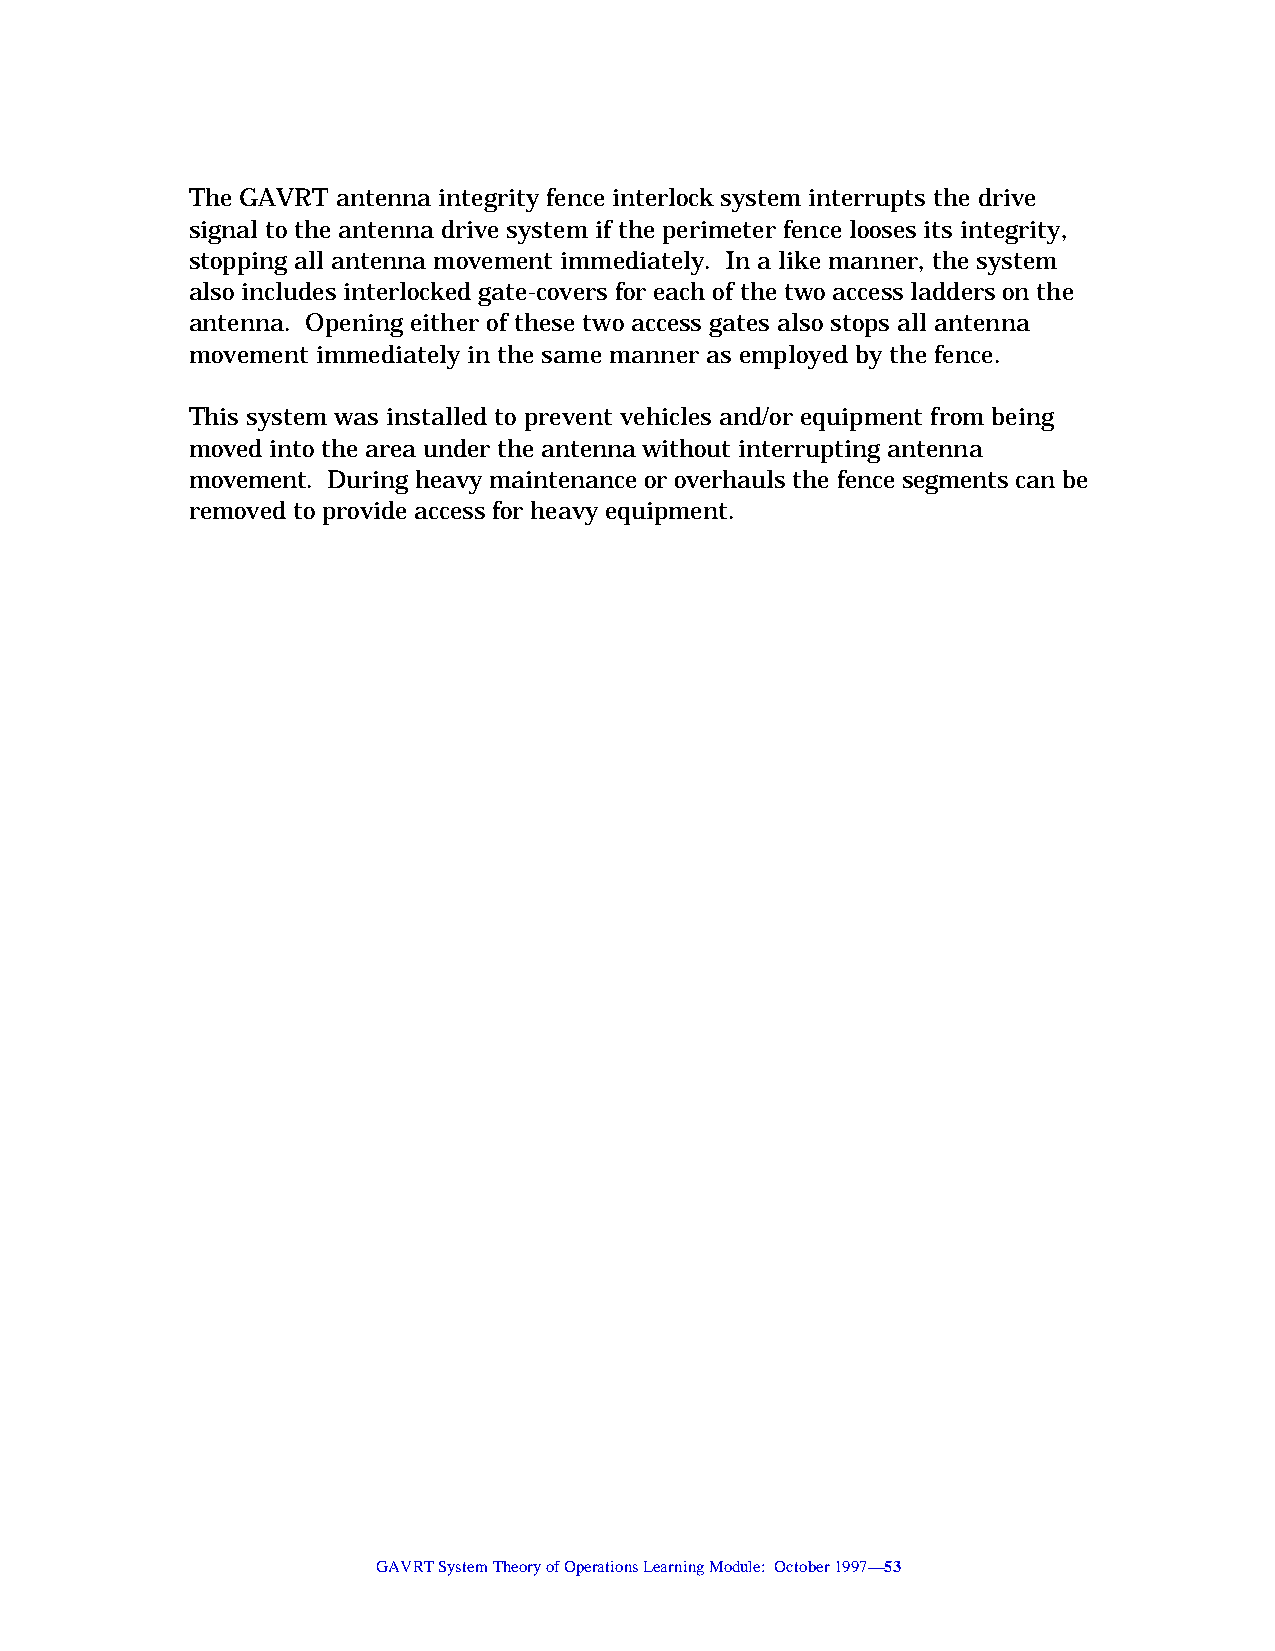
The GAVRT antenna integrity fence interlock system interrupts the drive
 signal to the antenna drive system if the perimeter fence looses its integrity,
 stopping all antenna movement immediately. In a like manner, the system
 also includes interlocked gate-covers for each of the two access ladders on the
 antenna. Opening either of these two access gates also stops all antenna
 movement immediately in the same manner as employed by the fence.
 This system was installed to prevent vehicles and/or equipment from being
 moved into the area under the antenna without interrupting antenna
 movement. During heavy maintenance or overhauls the fence segments can be
 removed to provide access for heavy equipment.
 GAVRT System Theory of Operations Learning Module: October 1997—53